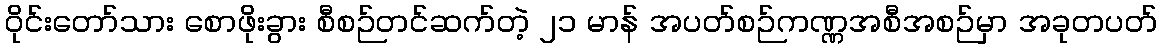
ဝိုင်းတော်သား စောဖိုးခွား စီစဉ်တင်ဆက်တဲ့ ၂၁ မာန် အပတ်စဉ်ကဏ္ဏအစီအစဉ်မှာ အခုတပတ်